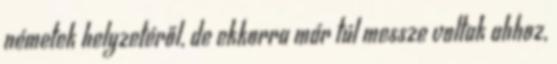
németek helyzetéről, de ekkorra már túl messze voltak ahhoz,